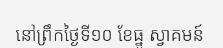
នៅព្រឹកថ្ងៃទី១០ ខែធ្នូ ស្វាគមន៍